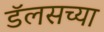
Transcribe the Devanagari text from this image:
डॅलसच्या